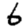
Digit: 6